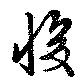
悛